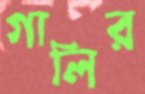
গালির